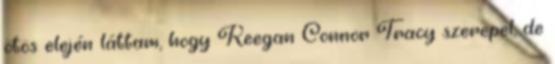
ötös elején láttam, hogy Keegan Connor Tracy szerepel, de